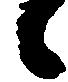
候